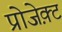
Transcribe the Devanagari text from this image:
प्रोजेक़्ट